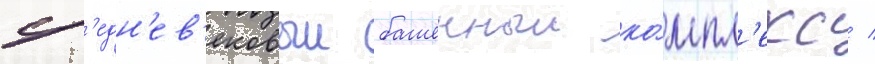
ср'едн'ев'ековыи башенныи ко́мпл'екс /